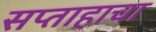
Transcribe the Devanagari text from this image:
सप्ताहाचा